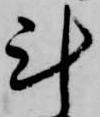
計